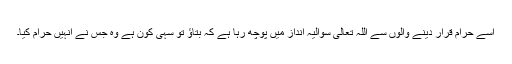
اسے حرام قرار دینے والوں سے اللہ تعالیٰ سوالیہ انداز میں پوچھ رہا ہے کہ بتاؤ تو سہی کون ہے وہ جس نے انہیں حرام کیا۔